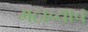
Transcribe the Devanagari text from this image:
मठाच्याच